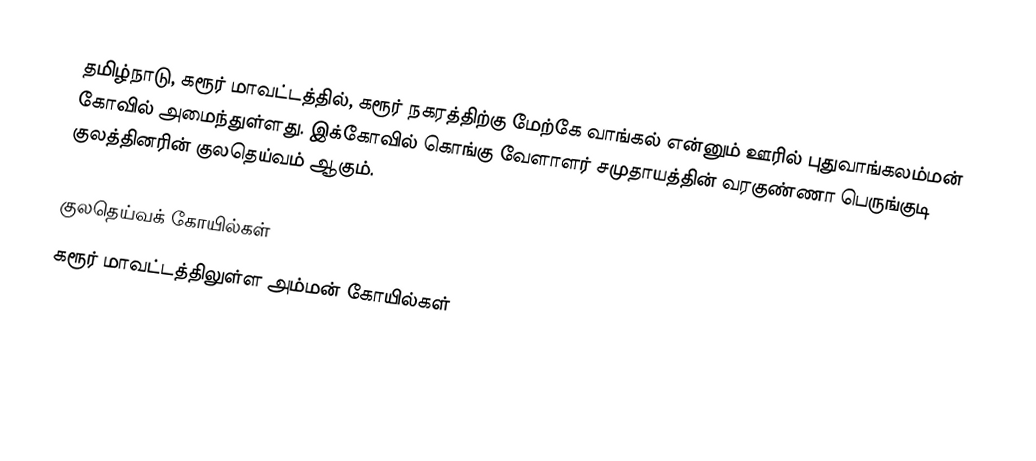
தமிழ்நாடு, கரூர் மாவட்டத்தில், கரூர் நகரத்திற்கு மேற்கே வாங்கல் என்னும் ஊரில் புதுவாங்கலம்மன் கோவில் அமைந்துள்ளது. இக்கோவில் கொங்கு வேளாளர் சமுதாயத்தின் வரகுண்ணா பெருங்குடி குலத்தினரின் குலதெய்வம் ஆகும்.

குலதெய்வக் கோயில்கள்
கரூர் மாவட்டத்திலுள்ள அம்மன் கோயில்கள்